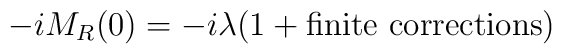
-iM_{R}(0)=-i\lambda (1+\mathrm{finite\ corrections})